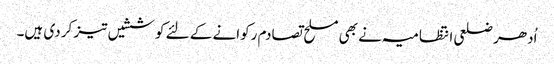
اُدھر ضلعی انتظامیہ نے بھی مسلح تصادم رکوانے کے لئے کوششیں تیز کر دی ہیں۔